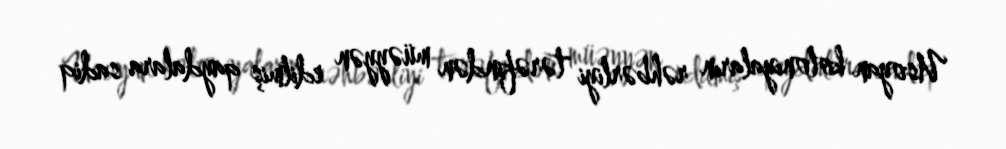
Usoyan koloniyaların rəhbərliyi tərəfindən müəyyən edilmiş qaydalara sadiq